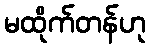
မထိုက်တန်ဟု